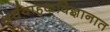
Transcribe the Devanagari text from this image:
अर्धवाहकविज्ञानात